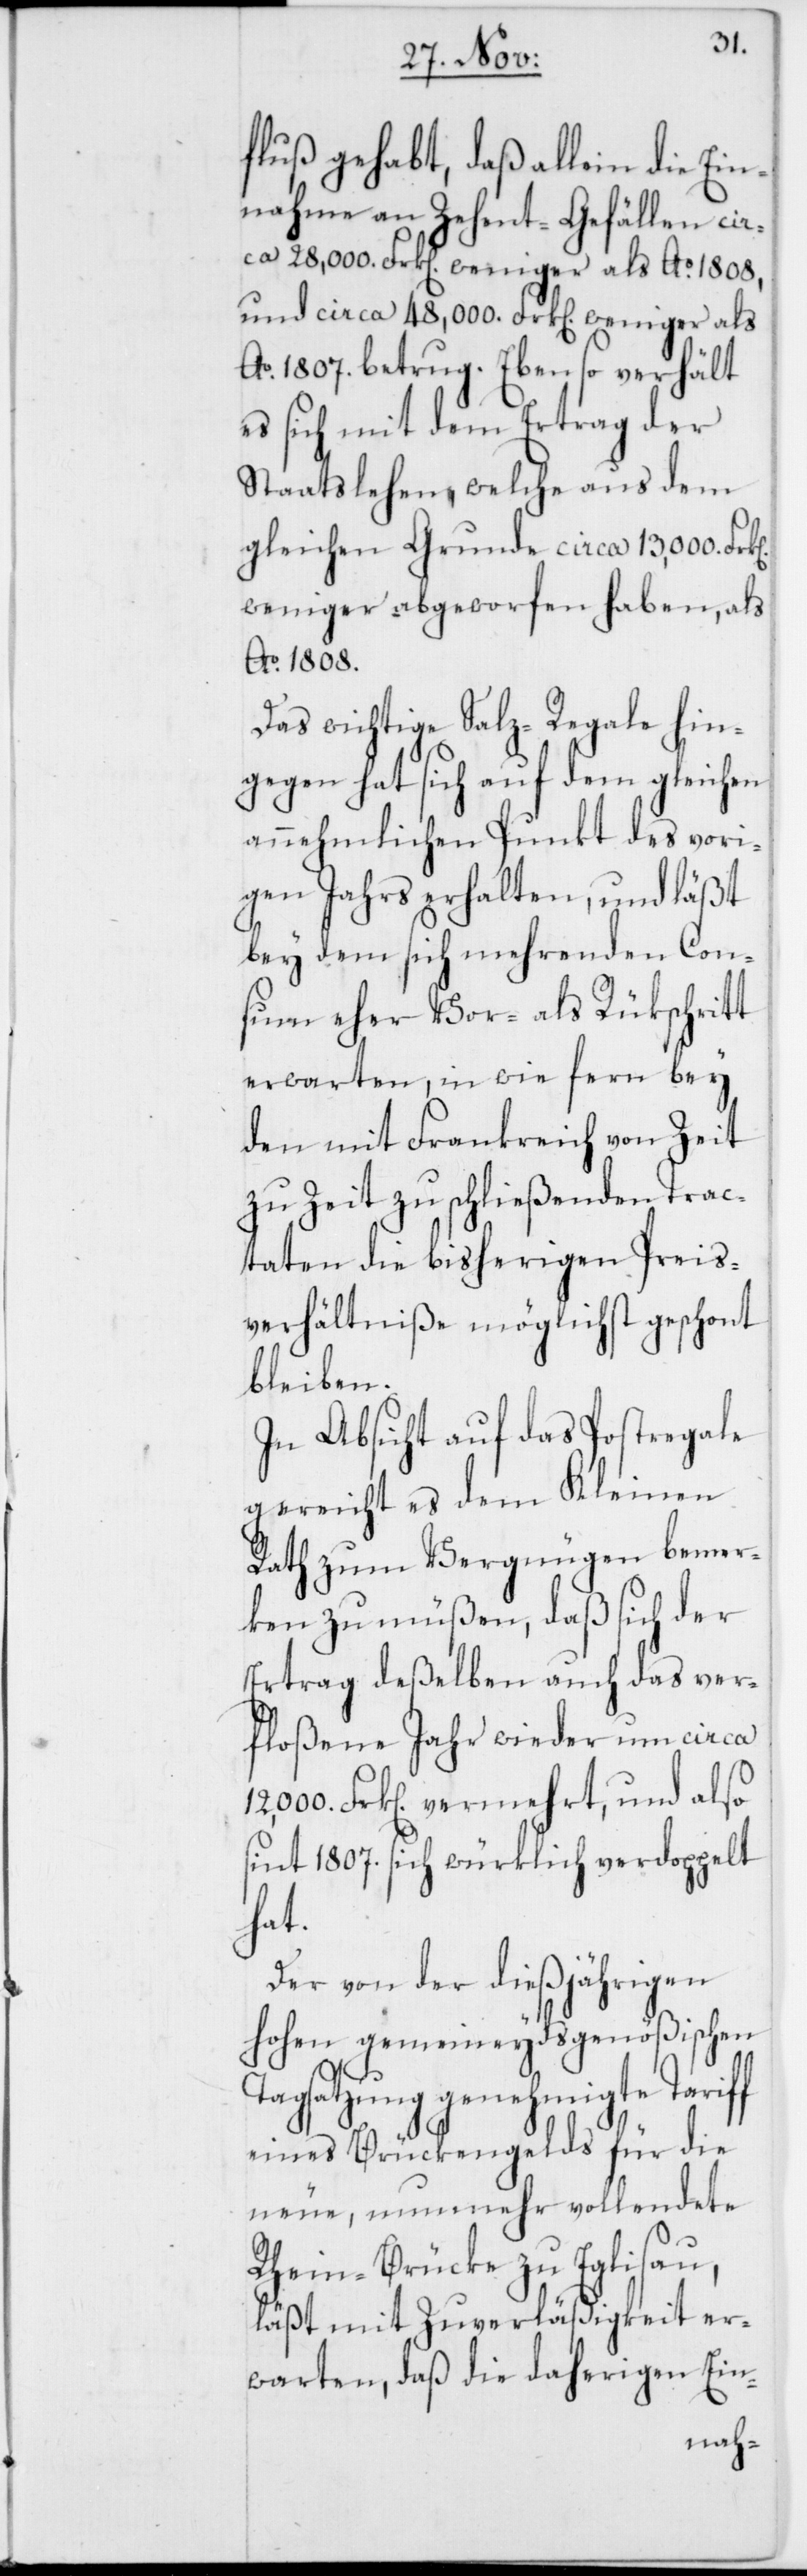
fluß gehabt, daß allein die Ein¬
nahme an Zehent-Gefällen ci¬
rca 28,000. Frk. weniger als Ao. 1808,
und circa 48,000. Frk. weniger als
Ao. 1807 betrug. Ebenso verhält
es sich mit dem Ertrag der
Staatslehen, welche aus dem
gleichen Grunde circa 13,000. Frk.
weniger abgeworfen haben, als
Ao. 1808.
Das wichtige Salz-Regale hin¬
gegen hat sich auf dem gleichen
annehmlichen Punkt des vori¬
gen Jahrs erhalten, und läßt
bey dem sich mehrenden Con¬
sum eher Vor- als Rükschritt
erwarten, in wie fern bey
den mit Frankreich von Zeit
zu Zeit zu schließenden Trac¬
taten die bisherigen Preis¬
verhältniße möglichst geschont
bleiben.
In Absicht auf das Postregale
gereicht es dem Kleinen
Rath zum Vergnügen bemer¬
ken zu müßen, daß sich der
Ertrag deßelben auch das ver¬
floßene Jahr wieder um circa
12,000. Frk. vermehrt, und also
sint 1807. sich würklich verdoppelt
Ta¬
Der von der dießjährigen
Hohen gemeineydsgenößischen
gsatzung genehmigte Tariff
eines Brückengelds für die
neue, nunmehr vollendete
Rhein-Brücke zu Eglisau,
läßt mit Zuverläßigkeit er¬
warten, daß die daherigen Ein-